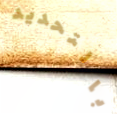
بالتحديد